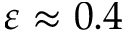
\varepsilon \approx 0 . 4